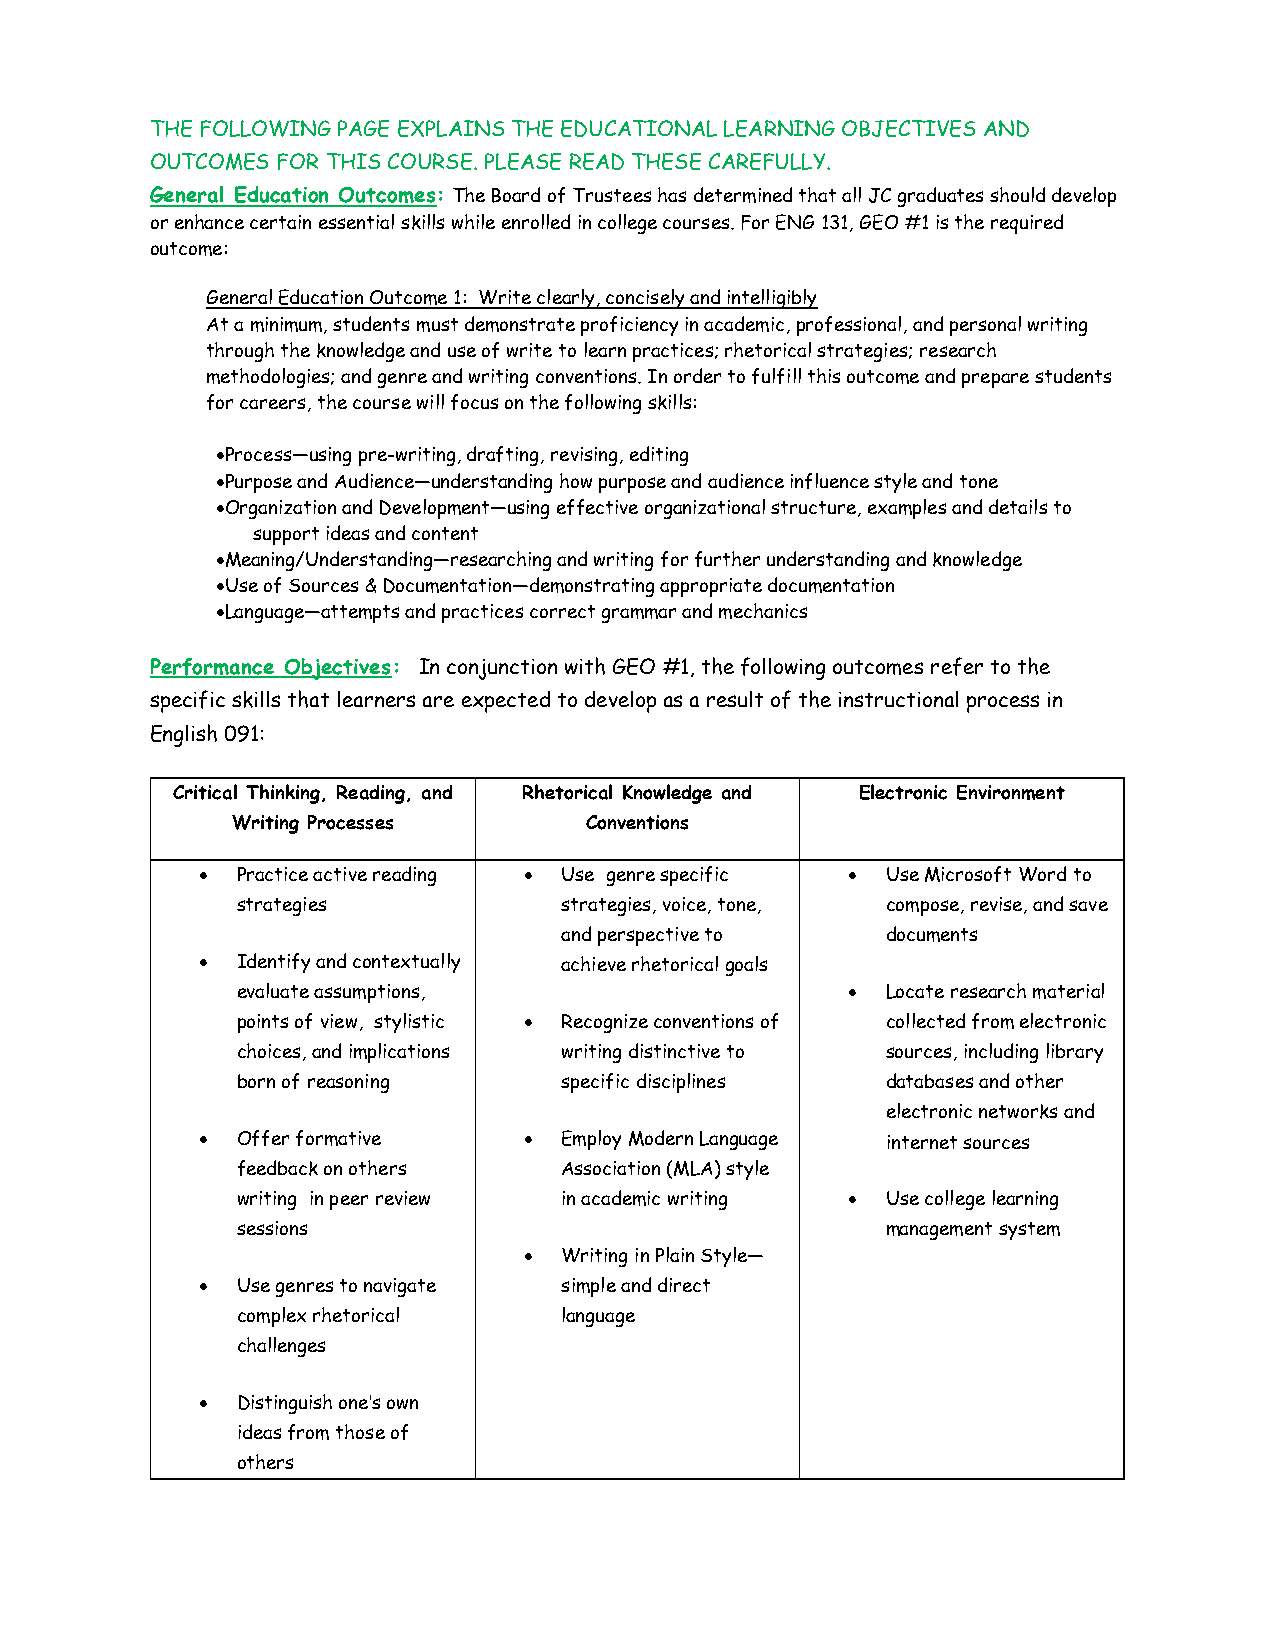
THE FOLLOWING PAGE EXPLAINS THE EDUCATIONAL LEARNING OBJECTIVES AND
 OUTCOMES FOR THIS COURSE. PLEASE READ THESE CAREFULLY.
 General Education Outcomes: The Board of Trustees has determined that all JC graduates should develop
 or enhance certain essential skills while enrolled in college courses. For ENG 131, GEO #1 is the required
 outcome:
 General Education Outcome 1: Write clearly, concisely and intelligibly
 At a minimum, students must demonstrate proficiency in academic, professional, and personal writing
 through the knowledge and use of write to learn practices; rhetorical strategies; research
 methodologies; and genre and writing conventions. In order to fulfill this outcome and prepare students
 for careers, the course will focus on the following skills:
  Process—using pre-writing, drafting, revising, editing
  Purpose and Audience—understanding how purpose and audience influence style and tone
  Organization and Development—using effective organizational structure, examples and details to
 support ideas and content
  Meaning/Understanding—researching and writing for further understanding and knowledge
  Use of Sources & Documentation—demonstrating appropriate documentation
  Language—attempts and practices correct grammar and mechanics
 Performance Objectives: In conjunction with GEO #1, the following outcomes refer to the
 specific skills that learners are expected to develop as a result of the instructional process in
 English 091:
 Critical Thinking, Reading, and Rhetorical Knowledge and Electronic Environment
 Writing Processes       Conventions
   Practice active reading  Use genre specific  Use Microsoft Word to
 strategies           strategies, voice, tone, compose, revise, and save
 and perspective to    documents
   Identify and contextually achieve rhetorical goals
 evaluate assumptions,                     Locate research material
 points of view, stylistic  Recognize conventions of collected from electronic
 choices, and implications writing distinctive to sources, including library
 born of reasoning    specific disciplines  databases and other
 electronic networks and
   Offer formative     Employ Modern Language internet sources
 feedback on others   Association (MLA) style
 writing in peer review in academic writing  Use college learning
 sessions                                   management system
  Writing in Plain Style—
   Use genres to navigate simple and direct
 complex rhetorical   language
 challenges
   Distinguish one’s own
 ideas from those of
 others